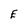
Character: E